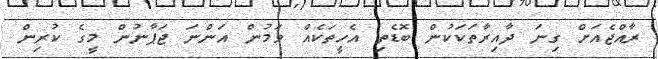
ރާއްޖެއަށް ގިނަ ދާއިރާތަކަކުން ބޮޑެތި އެހީތަކެއް ވަމުން އަންނަ ޖަޕާނުން މީގެ ކުރިން